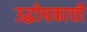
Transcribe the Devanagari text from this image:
उद्घोषकाची